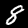
Digit: 8